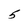
Character: 5